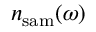
n _ { \mathrm { s a m } } ( \omega )